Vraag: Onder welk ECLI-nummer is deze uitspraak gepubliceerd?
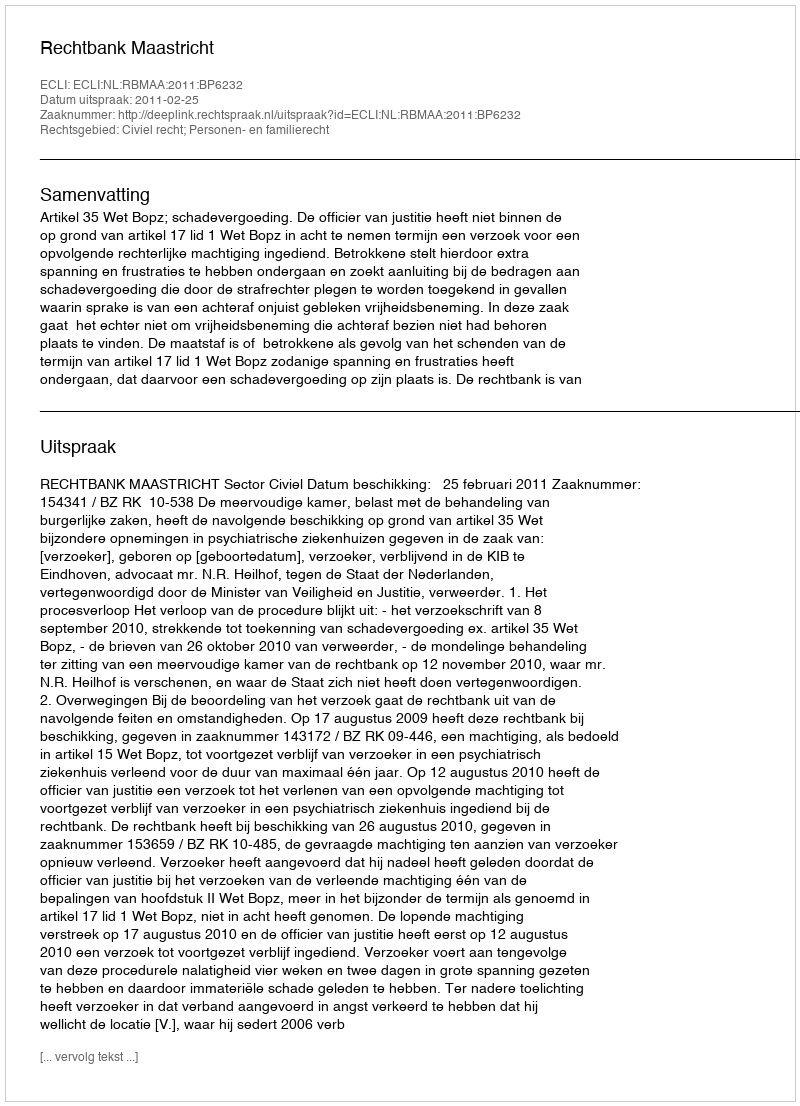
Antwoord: ECLI:NL:RBMAA:2011:BP6232